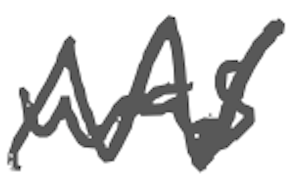
Text: was
Cross-out: zig-zag
Writing tool: digital_gray